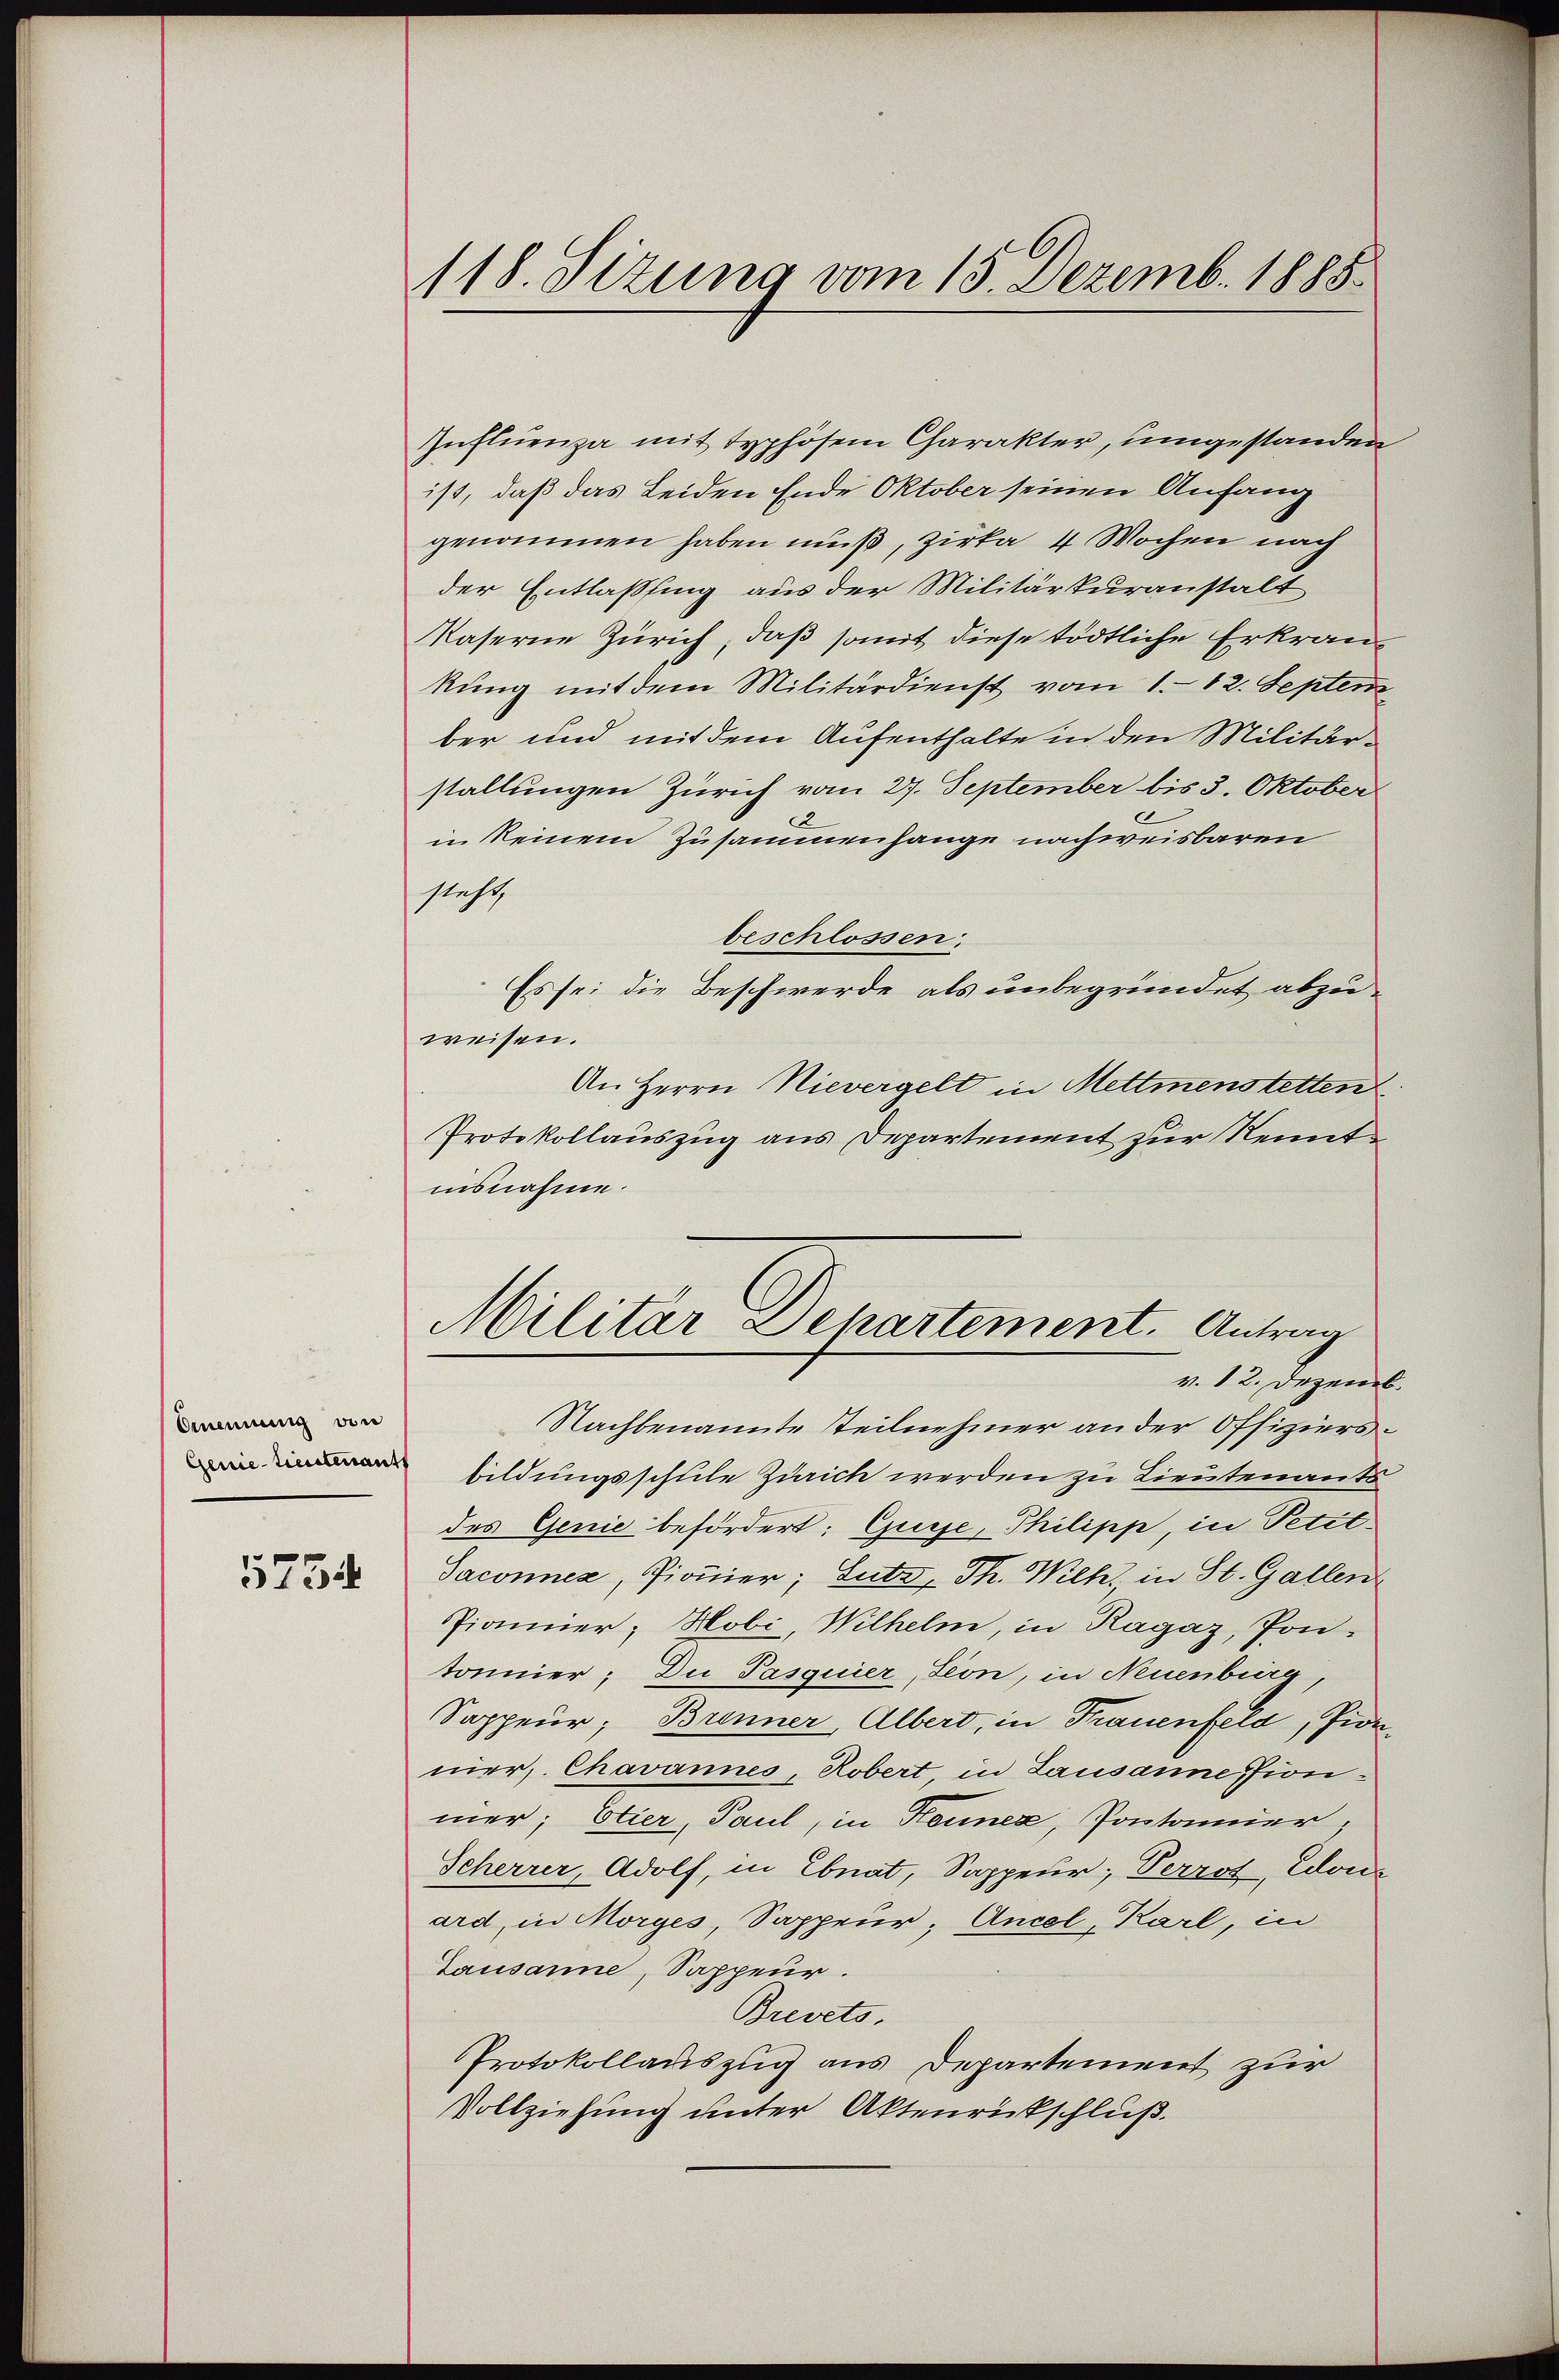
Brennung von

5754

118. Sizung vom 15. Dezemb. 1885.

Influenza mit typhösem Charakter, umgestanden
ist, daß das Leiden Ende Oktober seinen Anfang
genommen haben muß, zirka 4 Wochen nach
der Entlassung aus der Militärkuranstalt
Kaserne Zürich, daß somit diese tödtliche Erkrankŭng mit dem Militärdienst vom 1. 12. Septem
ber und mit dem Aufenthalte in den Militärstallungen Zürich vom 27. September bis 3. Oktober
in keinem Zusammenhange nachweisbaren
steht,
beschlossen:
Es sei die Beschwerde, als unbegründet abzuweisen.
An Herrn Nievergelt in Mettmenstetten
Protokollauszug aus Departement zur Kenntisnahme.
Militär Departement. Antrag
v. 12. Dezemb.
Nachbenannte teilnehmer an der Offiziers¬
 bildungsschule Zürich werden zu Lieutenants
des Genie befördert: Gusse, Philipp, in Petit-
Saconnes, Pionier; Lutz, Th. Wilk, in St. Gallen
Pionier; Hobi, Wilhelm, in Ragaz, Pon-
tonnier; Du Pasquier, Seon, in Neuenburg,
Sappeur; Brenner, Albert, in Trauenfeld, Pionnier, Chavannes, Robert, in Lausanne, Fionmer; Etier, Paul, in Kennez, Pontaner,
Scherrer, Adolf, in Ebnat, Sappeur; Perrot, Edouard, in Morges, Sappeur; Ancel, Karl, in
Lausanne, Sappeur.
Brevets.
Protokollauszug aus Departement zur
Vollziehung unter Aktenrückschluß.